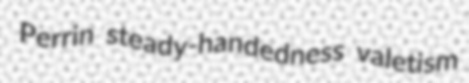
Perrin steady-handedness valetism